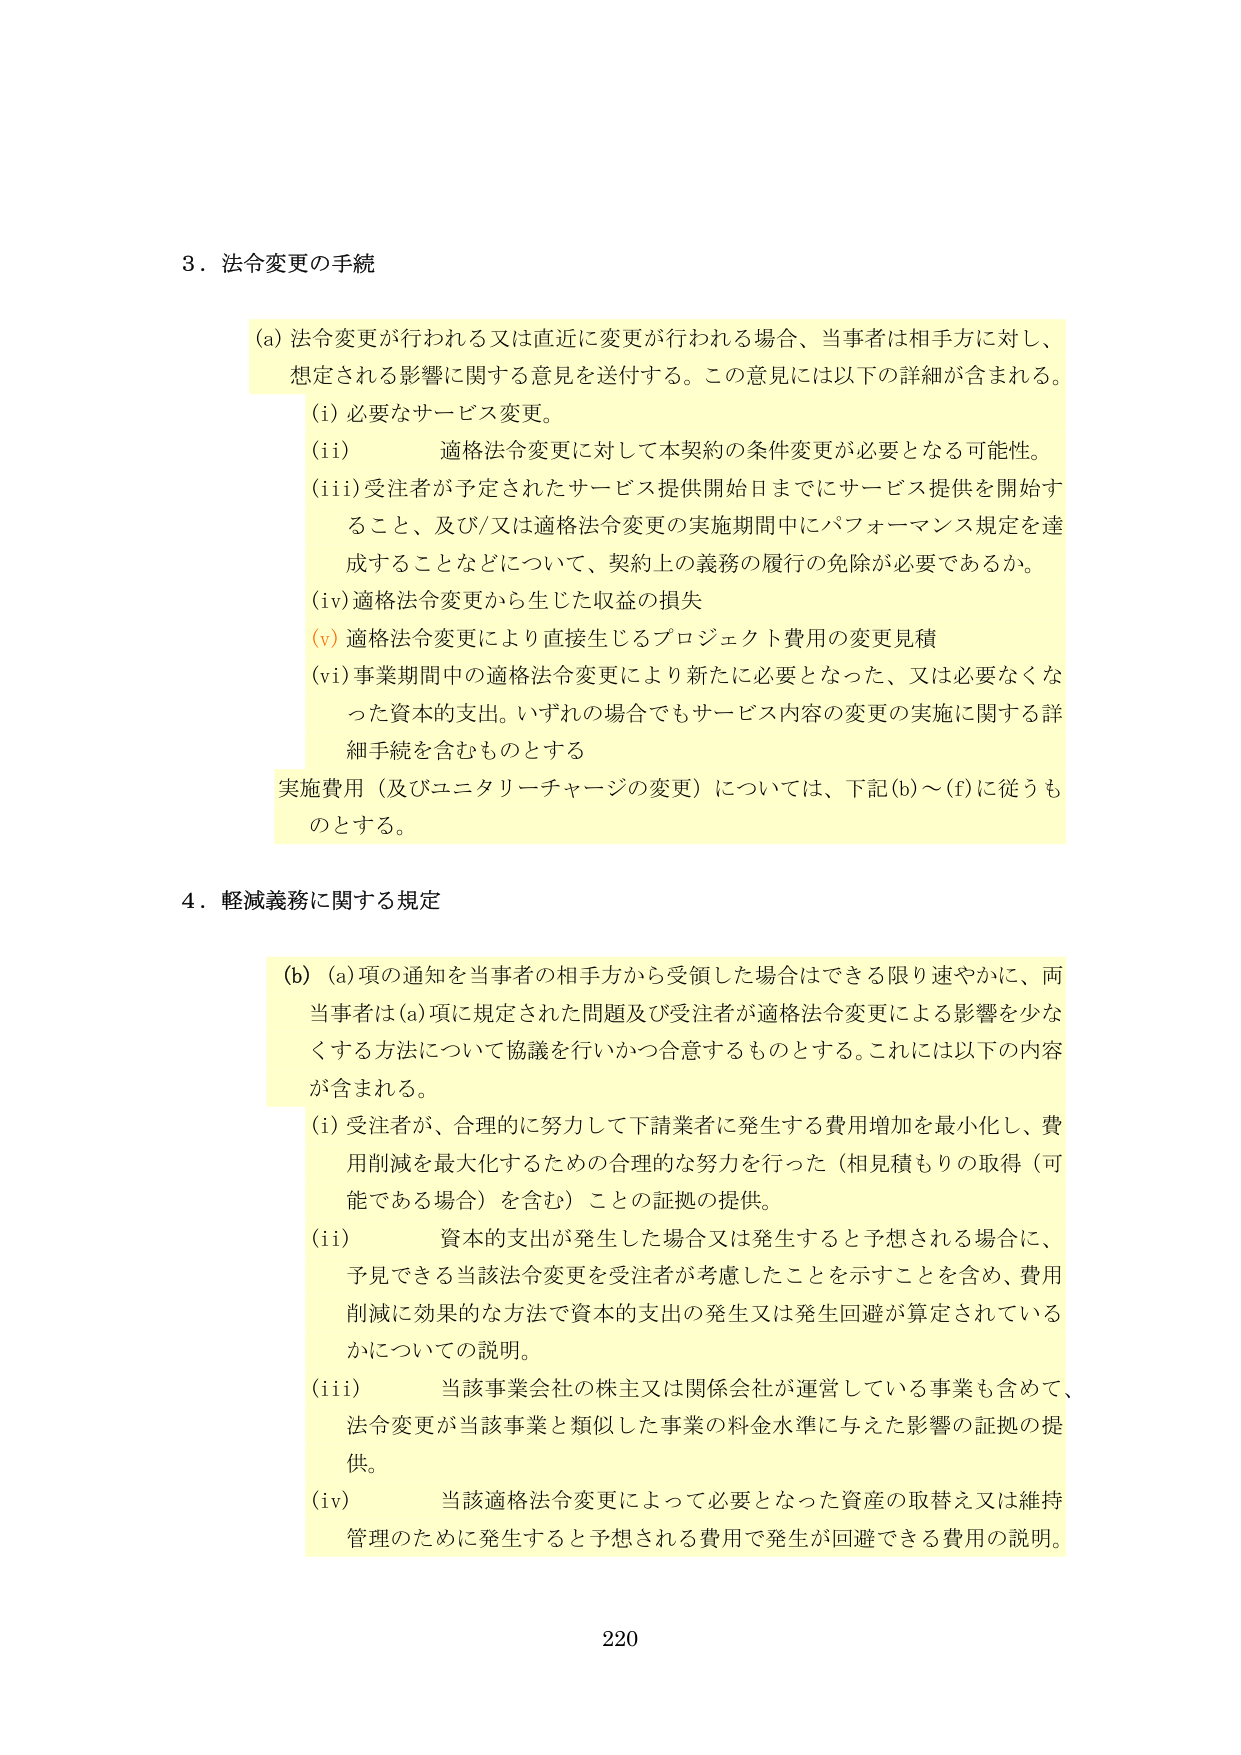
3．法令変更の手続

(a) 法令変更が行われる又は直近に変更が行われる場合、当事者は相手方に対し、
想定される影響に関する意見を送付する。この意見には以下の詳細が含まれる。
(i) 必要なサービス変更。
(ii) 適格法令変更に対して本契約の条件変更が必要となる可能性。
(iii) 受注者が予定されたサービス提供開始日までにサービス提供を開始す
ること、及び/又は適格法令変更の実施期間中にパフォーマンス規定を達
成することなどについて、契約上の義務の履行の免除が必要であるか。
(iv) 適格法令変更から生じた収益の損失
(v) 適格法令変更により直接生じるプロジェクト費用の変更見積
(vi) 事業期間中の適格法令変更により新たに必要となった、又は必要なくな
った資本的支出。いずれの場合でもサービス内容の変更の実施に関する詳
細手続を含むものとする
実施費用（及びユニタリーチャージの変更）については、下記(b)～(f)に従うも
のとする。

4．軽減義務に関する規定

(b) (a)項の通知を当事者の相手方から受領した場合はできる限り速やかに、両
当事者は(a)項に規定された問題及び受注者が適格法令変更による影響を少な
くする方法について協議を行いかつ合意するものとする。これには以下の内容
が含まれる。
(i) 受注者が、合理的に努力して下請業者に発生する費用増加を最小化し、費
用削減を最大化するための合理的な努力を行った（相見積もりの取得（可
能である場合）を含む）ことの証拠の提供。
(ii) 資本的支出が発生した場合又は発生すると予想される場合に、
予見できる当該法令変更を受注者が考慮したことを示すことを含め、費用
削減に効果的な方法で資本的支出の発生又は発生回避が算定されている
かについての説明。
(iii) 当該事業会社の株主又は関係会社が運営している事業も含めて、
法令変更が当該事業と類似した事業の料金水準に与えた影響の証拠の提
供。
(iv) 当該適格法令変更によって必要となった資産の取替え又は維持
管理のために発生すると予想される費用で発生が回避できる費用の説明。

220